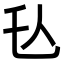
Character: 𬼇